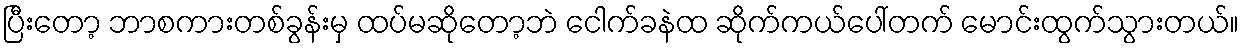
ပြီးတော့ ဘာစကားတစ်ခွန်းမှ ထပ်မဆိုတော့ဘဲ ငေါက်ခနဲထ ဆိုက်ကယ်ပေါ်တက် မောင်းထွက်သွားတယ်။